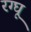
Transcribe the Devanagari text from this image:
रग्घू